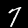
Label: 7